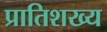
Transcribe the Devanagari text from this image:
प्रातिशख्य